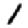
Digit: 1